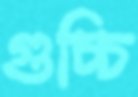
গুচ্চি